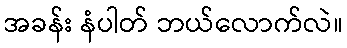
အခန်း နံပါတ် ဘယ်လောက်လဲ။